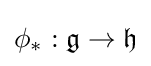
\phi _{*}:{\mathfrak {g}}\to {\mathfrak {h}}